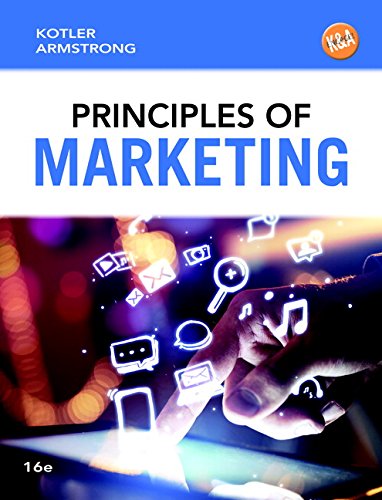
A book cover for Principles of Marketing (16th Edition) (Newest Edition); Philip T Kotler; Business & Money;